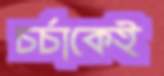
চর্চাকেই